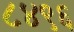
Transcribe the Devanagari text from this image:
८४९६